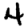
Digit: 4